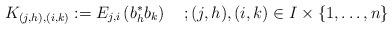
LaTeX: \begin{align*}K_{(j,h),(i,k)}:=E_{j,i}\left(b_{h}^*b_{k}\right)\quad; (j,h), (i,k)\in I\times \{1, \dots,n\}\end{align*}